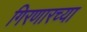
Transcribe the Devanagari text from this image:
गिरणारच्या